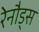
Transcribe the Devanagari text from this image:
रेनौड्स